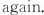
again.